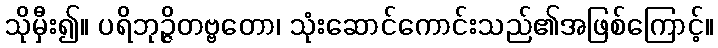
သိုမှီး၍။ ပရိဘုဉ္ဇိတဗ္ဗတော၊ သုံးဆောင်ကောင်းသည်၏အဖြစ်ကြောင့်။